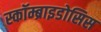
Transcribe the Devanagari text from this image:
स्कॉम्ब्राइडोसिस